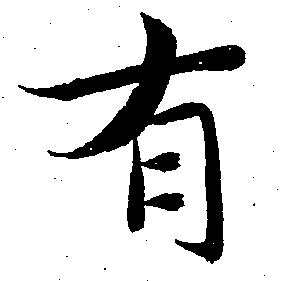
有